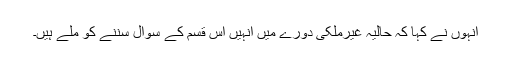
انہوں نے کہا کہ حالیہ غیرملکی دورے میں انہیں اس قسم کے سوال سننے کو ملے ہیں۔